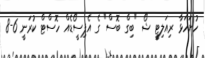
ހުށަހަޅާ ރިއަލިޓީ ޝޯ "ބިގް ބޮސް" ގެ އެޕިސީޯޑެއް ހޮސްޓް ކުރަނީ 6-8